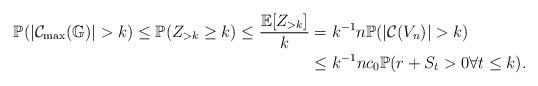
LaTeX: \begin{align*}\mathbb{P}(|\mathcal{C}_{\max}(\mathbb{G})|>k)\leq \mathbb{P}(Z_{> k}\geq k)\leq \frac{\mathbb{E}[Z_{>k}]}{k}&=k^{-1}n\mathbb{P}(|\mathcal{C}(V_n)|>k)\\&\leq k^{-1}nc_0\mathbb{P}(r+S_t>0\forall t\leq k).\end{align*}